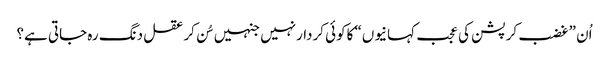
اُن ”غضب کرپشن کی عجب کہانیوں“ کاکوئی کردارنہیں جنہیں سُن کرعقل دنگ رہ جاتی ہے؟